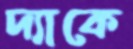
দ্যাকে